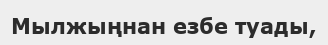
Мылжыңнан езбе туады,